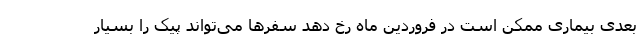
بعدی بیماری ممکن است در فروردین ماه رخ دهد سفرها می‌تواند پیک را بسیار